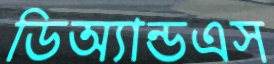
ডিঅ্যান্ডএস